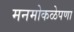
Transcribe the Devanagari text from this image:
मनमोकळेपणा